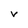
Character: V